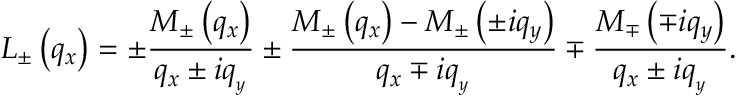
{ { L } _ { \pm } } \left( { { q } _ { x } } \right) = \pm \frac { { { M } _ { \pm } } \left( { { q } _ { x } } \right) } { { { q } _ { x } } \pm i { { q } _ { _ { y } } } } \pm \frac { { { M } _ { \pm } } \left( { { q } _ { x } } \right) - { { M } _ { \pm } } \left( \pm i { { q } _ { y } } \right) } { { { q } _ { x } } \mp i { { q } _ { _ { y } } } } \mp \frac { { { M } _ { \mp } } \left( \mp i { { q } _ { y } } \right) } { { { q } _ { x } } \pm i { { q } _ { _ { y } } } } .